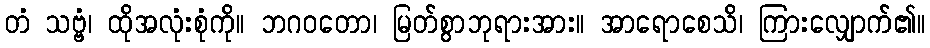
တံ သဗ္ဗံ၊ ထိုအလုံးစုံကို။ ဘဂဝတော၊ မြတ်စွာဘုရားအား။ အာရောစေသိ၊ ကြားလျှောက်၏။